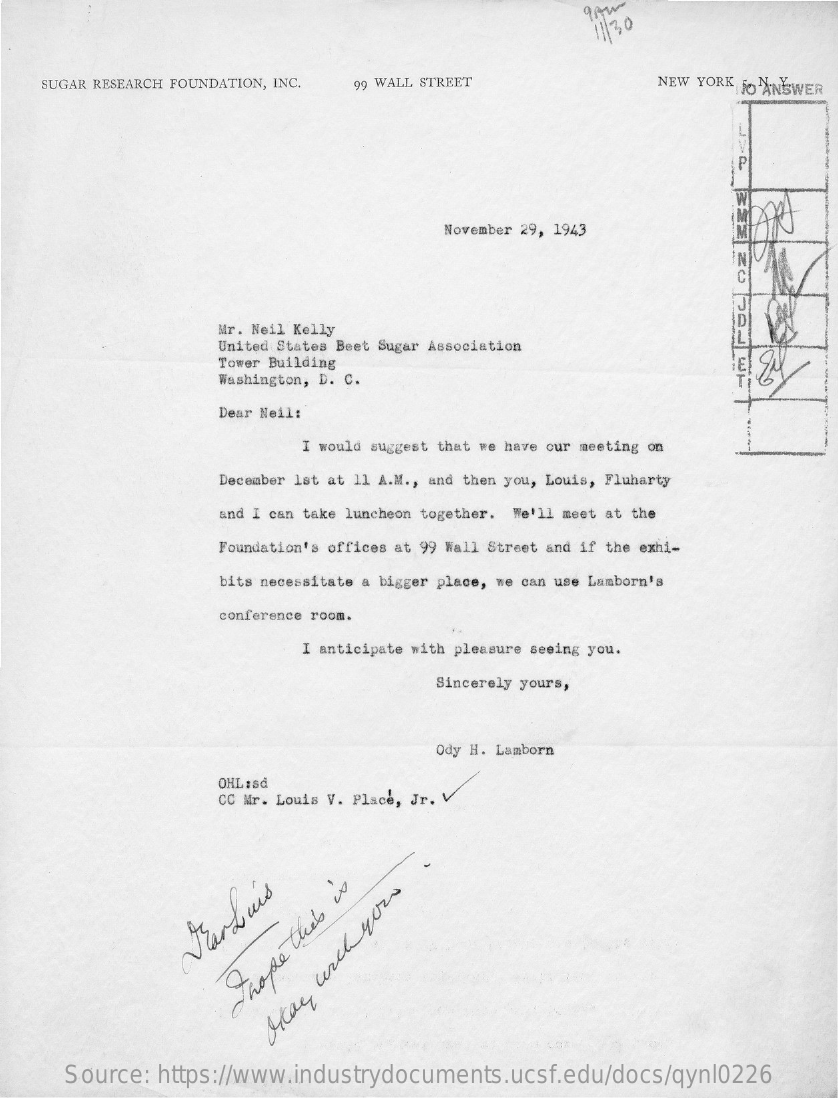
11/30
    SUGAR RESEARCH FOUNDATION, INC. 99 WALL STREET    NEW YORK JO ANSWER
     P
     November 29, 1943
     C
     Mr. Neil Kelly
     United States Beet Sugar Association
     Tower Building
     Washington, D. C.
     Dear Neil:
     I would suggest that we have our meeting on
     December 1st at 11 A.M ., and then you, Louis, Fluharty
     and I can take luncheon together. We'll meet at the
     Foundation's offices at 99 Wall Street and if the exhi-
     bits necessitate a bigger place, we can use Lamborn's
     conference room.
     I anticipate with pleasure seeing you.
     Sincerely yours,
     Ody H. Lamborn
     OHL:sd
     CC Mr. Louis V. Place, Jr. V
     Naarhuis
     hope
     thets
     is
     Stay
     with
     you.
     Source: https://www.industrydocuments.ucsf.edu/docs/qynl0226